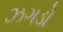
ઝગડો